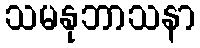
သမနုဘာသနာ